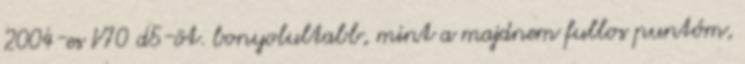
2004-es V70 d5-öt. bonyolultabb, mint a majdnem fullos puntóm,